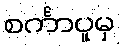
စင်္ကာပူမှ